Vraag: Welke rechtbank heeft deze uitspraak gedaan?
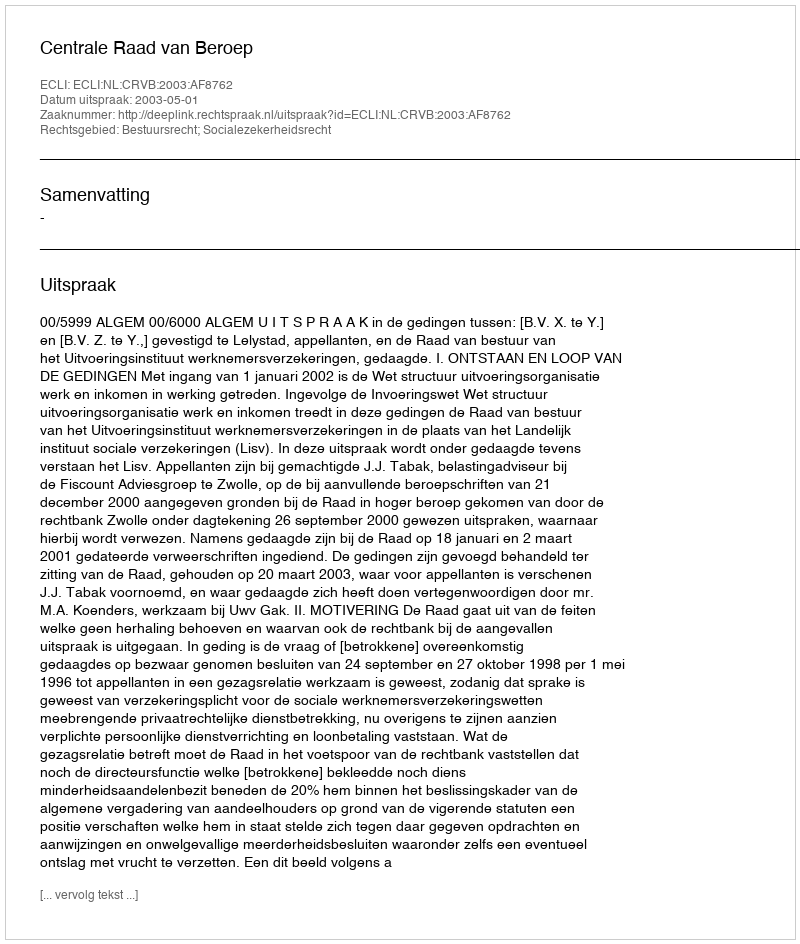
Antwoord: Centrale Raad van Beroep